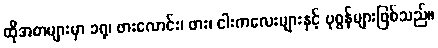
ထိုအစာများမှာ ခရု၊ ဖားလောင်း၊ ဖား၊ ငါးကလေးများနှင့် ပုစွန်များဖြစ်သည်။